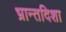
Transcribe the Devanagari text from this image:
भ्रान्तदिशा